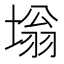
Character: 塕